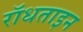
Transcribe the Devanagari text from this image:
रॉधताइन